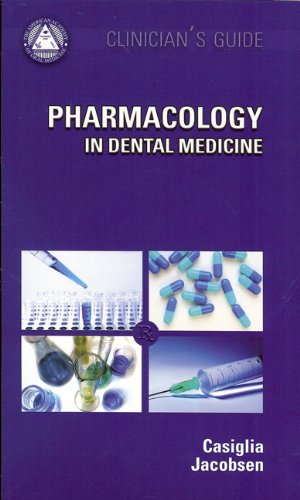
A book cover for Pharmacology in Dental Medicine [With Mini CDROM] (American Academy of Oral Medicine Clinician's Guides); Jeffrey M., DMD Casiglia; Medical Books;